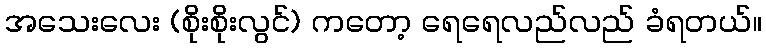
အသေးလေး (စိုးစိုးလွင်) ကတော့ ရေရေလည်လည် ခံရတယ်။